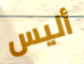
أليس